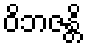
ဝိဘဇန္တိ